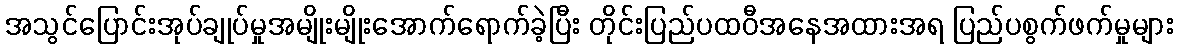
အသွင်ပြောင်းအုပ်ချုပ်မှုအမျိုးမျိုးအောက်ရောက်ခဲ့ပြီး တိုင်းပြည်ပထဝီအနေအထားအရ ပြည်ပစွက်ဖက်မှုများ